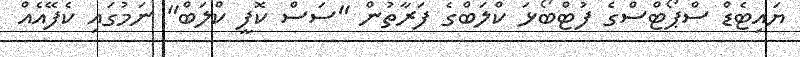
ޔައިޓެޑް ސްޕޯޓްސްގެ ފުޓްބޯޅަ ކްލަބްގެ ފަރާތުން "ސަސް ކޮފީ ކްލަބް" ނަމުގައި ކެފޭއެއް